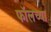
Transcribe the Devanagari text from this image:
फॉलच्या